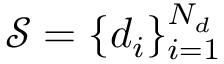
\mathcal { S } = \{ d _ { i } \} _ { i = 1 } ^ { N _ { d } }